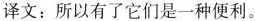
译文：所以有了它们是一种便利。